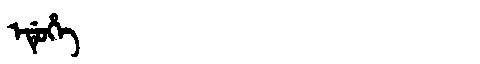
Manchu: ᡝᡩᡠᡥᡝ
Romanization: EDUHE